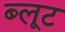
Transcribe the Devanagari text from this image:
ब्लूट